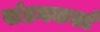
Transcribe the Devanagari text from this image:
खंडनकर्ता